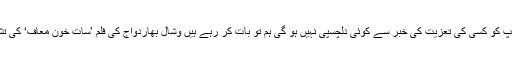
ہمیں پتہ ہے کہ آپ کو کسی کی تعزیت کی خبر سے کوئی دلچسپی نہیں ہو گی ہم تو بات کر رہے ہیں وشال بھاردواج کی فلم ’سات خون معاف‘ کی تشہیری پارٹی کی۔